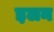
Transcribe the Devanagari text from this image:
इलन